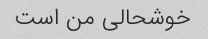
خوشحالی من است